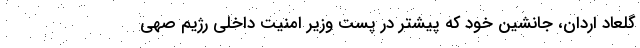
گلعاد اردان، جانشین خود که پیشتر در پست وزیر امنیت داخلی رژیم صهی